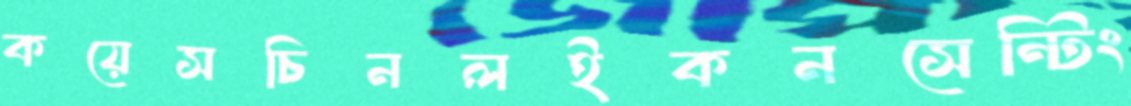
কয়েসচিনলইকনসেন্টিং